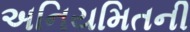
અનિયમિતની